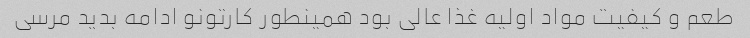
طعم و کیفیت مواد اولیه غذا عالی بود همینطور کارتونو ادامه بدید مرسی